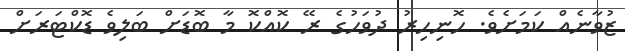
ޒުވާނެއް ކަމަށެވެ. ހޮނިހިރު ދުވަހުގެ ރޭ ކޮއްކޮ މާ ބޮޑަށް ބަލިވެ ޑޮކްޓަރަަށް